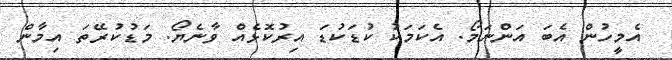
އެމީހުން އެބަ އަންނަމޯ. އެކަމަކު ކުޑަކުޑަ އިރުކޮޅެއް ވާނެޔޯ. މަޑުކުރޭތަ އިމާން